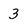
Character: 3